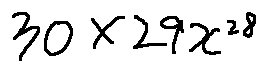
3 0 \times 2 9 x ^ { 2 8 }